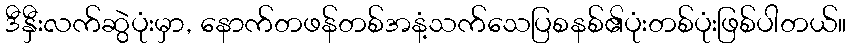
ဒီနှီးလက်ဆွဲပုံးမှာ, နောက်တဖန်တစ်အနံ့သက်သေပြစနစ်၏ပုံးတစ်ပုံးဖြစ်ပါတယ်။